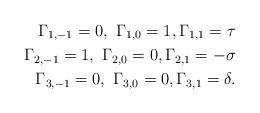
LaTeX: \begin{align*}\Gamma_{1,-1} = 0, ~ \Gamma_{1,0} = 1, \Gamma_{1,1} = \tau \\\Gamma_{2,-1} = 1, ~ \Gamma_{2,0} = 0, \Gamma_{2,1} = -\sigma \\\Gamma_{3,-1} = 0, ~ \Gamma_{3,0} = 0, \Gamma_{3,1} = \delta. \end{align*}